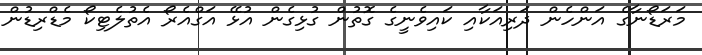
މަރަޑޯނާގެ އަންހެން ދަރިއަކާއި ކައިވެނީގެ ގޮތުން ގުޅިގެން އުޅޭ އަގްއެރޯ އެތުލެޓިކޯ މެޑްރިޑުން